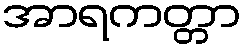
အာရကတ္တာ